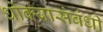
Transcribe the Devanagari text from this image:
धोक्यासंबंधी